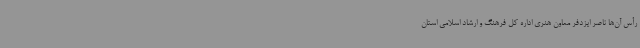
رأس آن‌ها ناصر ایزدفر معاون هنری اداره کل فرهنگ و ارشاد اسلامی استان